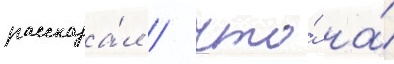
рассказа́л / что́ на́